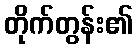
တိုက်တွန်း၏